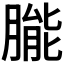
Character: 𬂌